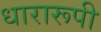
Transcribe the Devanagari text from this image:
धारारूपी